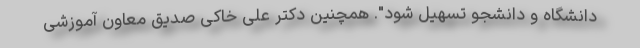
دانشگاه و دانشجو تسهیل شود". همچنین دکتر علی خاکی صدیق معاون آموزشی